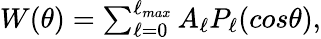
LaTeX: \begin{array}{r}{W(\theta)=\sum_{\ell=0}^{\ell_{max}}A_{\ell}P_{\ell}(cos\theta),}\end{array}